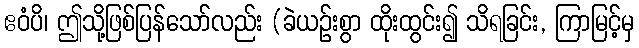
ဧဝံပိ၊ ဤသို့ဖြစ်ပြန်သော်လည်း (ခဲယဉ်းစွာ ထိုးထွင်း၍ သိရခြင်း, ကြာမြင့်မှ